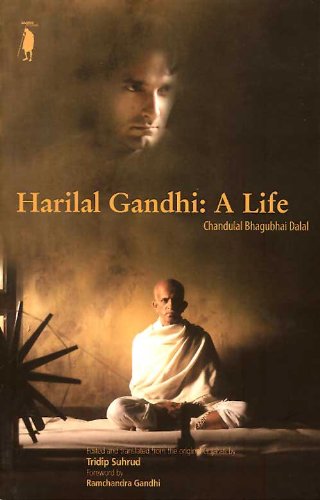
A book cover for Harilal Gandhi: A Life, Pa. Rep; Dalal; Religion & Spirituality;